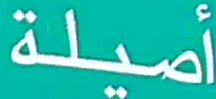
أصيلة